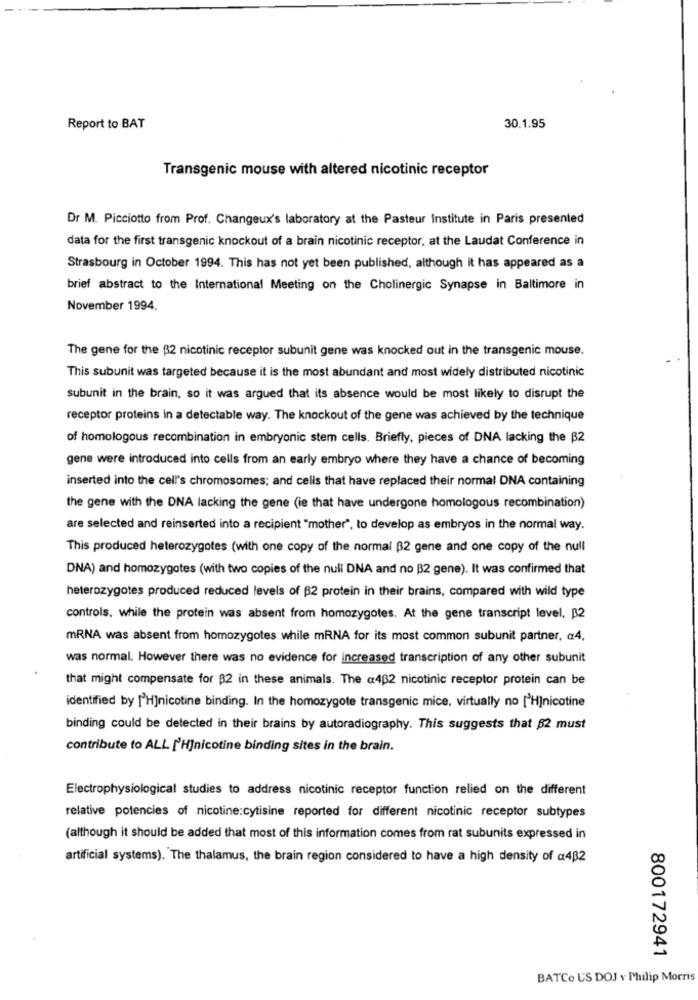
Report to BAT
30.1.95
Transgenic mouse with altered nicotinic receptor
Dr M. Picciotto from Prof. Changeux's laboratory at the Pasteur Institute in Paris presented
data for the first transgenic knockout of a brain nicotinic receptor, at the Laudat Conference in
Strasbourg in October 1994. This has not yet been published, although it has appeared as a
brief abstract to the International Meeting on the Cholinergic Synapse in Baltimore in
November 1994.
The gene for the $2 nicotinic receptor subunit gene was knocked out in the transgenic mouse.
This subunit was targeted because it is the most abundant and most widely distributed nicotinic
subunit in the brain, so it was argued that its absence would be most likely to disrupt the
receptor proteins in a detectable way. The knockout of the gene was achieved by the technique
of homologous recombination in embryonic stem cells. Briefly, pieces of DNA lacking the B2
gene were introduced into cells from an early embryo where they have a chance of becoming
inserted into the cell's chromosomes; and cells that have replaced their normal DNA containing
the gene with the DNA lacking the gene (ie that have undergone homologous recombination)
are selected and reinserted into a recipient "mother", to develop as embryos in the normal way.
This produced heterozygotes (with one copy of the normal B2 gene and one copy of the null
DNA) and homozygotes (with two copies of the null DNA and no B2 gene). It was confirmed that
heterozygotes produced reduced levels of B2 protein in their brains, compared with wild type
controls, while the protein was absent from homozygotes. At the gene transcript level, B2
mRNA was absent from homozygotes while mRNA for its most common subunit partner, a4,
was normal. However there was no evidence for increased transcription of any other subunit
that might compensate for $2 in these animals. The @432 nicotinic receptor protein can be
identified by ['H]nicotine binding. In the homozygote transgenic mice, virtually no [H]nicotine
binding could be detected in their brains by autoradiography. This suggests that 82 must
contribute to ALL [H]nicotine binding sites in the brain.
Electrophysiological studies to address nicotinic receptor function relied on the different
relative potencies of nicotine:cytisine reported for different nicotinic receptor subtypes
(although it should be added that most of this information comes from rat subunits expressed in
artificial systems). The thalamus, the brain region considered to have a high density of a432
800172941
BATCo US DOJ v Philip Morris